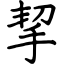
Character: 挈